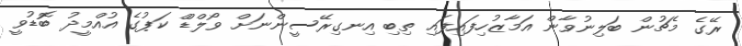
ރޭގެ މެޗުން ބަލިނުވާން އަމާޒުހިފައިފައި ތިބި އިނގިރޭސީންނަށް ވޯލްޑްް ކަޕުގެ އުއްމީދު ބޮޑުވީ